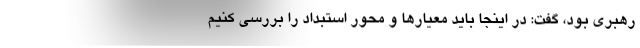
رهبری بود، گفت: در اینجا باید معیارها و محور استبداد را بررسی کنیم